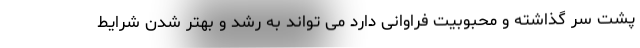
پشت سر گذاشته و محبوبیت فراوانی دارد می‌ تواند به رشد و بهتر شدن شرایط